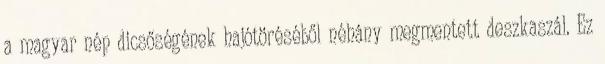
a magyar nép dicsőségének hajótöréséből néhány megmentett deszkaszál. Ez